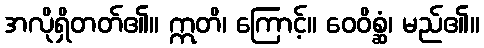
အလိုရှိတတ်၏။ ဣတိ၊ ကြောင့်။ ဝေဝိစ္ဆံ၊ မည်၏။